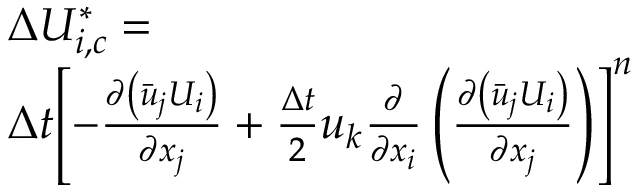
\begin{array} { r l } & { \Delta U _ { i , c } ^ { * } = } \\ & { \Delta t { { \left[ - \frac { \partial \left( { { { \bar { u } } } _ { j } } { { U } _ { i } } \right) } { \partial { { x } _ { j } } } + \frac { \Delta t } { 2 } { { u } _ { k } } \frac { \partial } { \partial { { x } _ { i } } } \left( \frac { \partial \left( { { { \bar { u } } } _ { j } } { { U } _ { i } } \right) } { \partial { { x } _ { j } } } \right) \right] } ^ { n } } } \end{array}